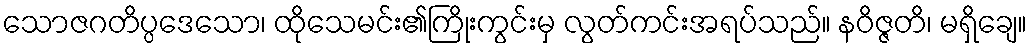
သောဇဂတိပ္ပဒေသော၊ ထိုသေမင်း၏ကြိုးကွင်းမှ လွတ်ကင်းအရပ်သည်။ နဝိဇ္ဇတိ၊ မရှိချေ။